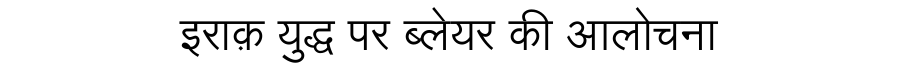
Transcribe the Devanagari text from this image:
इराक़ युद्ध पर ब्लेयर की आलोचना